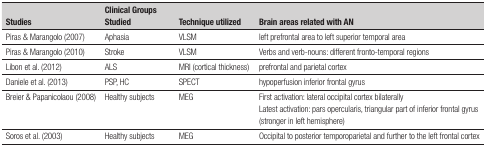
| Studies | Clinical Groups Studied | Technique utilized | Brain areas related with AN |
 | --- | --- | --- | --- |
 | Piras & Marangolo (2007) | Aphasia | VLSM | left prefrontal area to left superior temporalarea |
 | Piras & Marangolo (2010) | Stroke | VLSM | Verbs and verb-nouns: different fronto-temporalregions |
 | Libon et al. (2012) | ALS | MRI (cortical thickness) | prefrontal and parietal cortex |
 | Daniele et al. (2013) | PSP, HC | SPECT | hypoperfusion inferior frontal gyrus |
 | Breier & Papanicolaou (2008) | Healthy subjects | MEG | First activation: lateral occipital cortexbilaterallyLatest activation: pars opercularis, triangular partof inferior frontal gyrus (stronger in left hemisphere) |
 | Soros et al. (2003) | Healthy subjects | MEG | Occipital to posterior temporoparietal and furtherto the left frontal cortex |